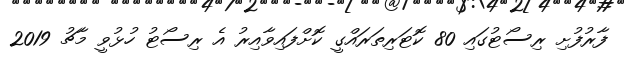
ފާރުފުށި ރިސޯޓުގައި 80 ކޮޓަރިތަރައްގީ ކޮށްފައިވާއިރު އެ ރިސޯޓު ހުޅުވީ މާޗު 2019